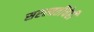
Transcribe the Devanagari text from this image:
सरस्वतींचेही